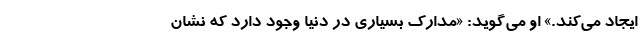
ایجاد می‌کند.» او می‌گوید: «مدارک بسیاری در دنیا وجود دارد که نشان